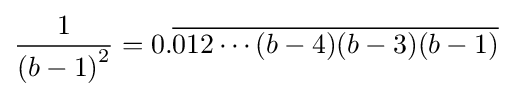
{\frac {1}{\left(b-1\right)^{2}}}=0.{\overline {012\cdots (b-4)(b-3)(b-1)}}